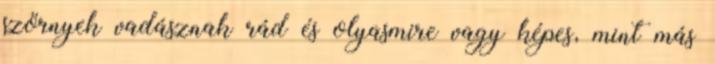
szörnyek vadásznak rád és olyasmire vagy képes, mint más